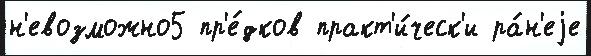
н'евозможно5 пр'е́дков практ'и́ческ'и ра́н'еjе